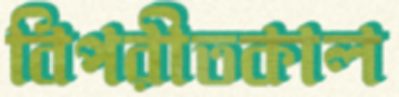
বিপরীতকাল